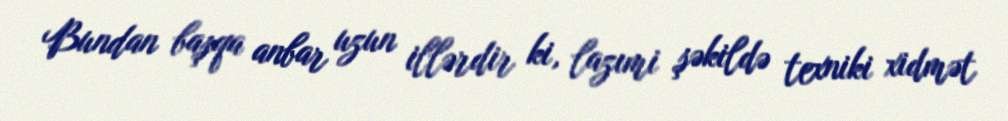
Bundan başqa anbar uzun illərdir ki, lazımi şəkildə texniki xidmət